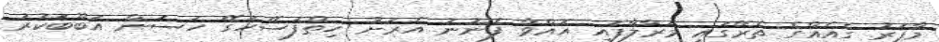
މާފަރު ގެއެއްގެ ތެރޭގައި މަރާލާފައި އޮއްވާ ފެނުނު އެރަށު ހިތްފަސޭހަގޭ ހަސަން އަބޫބަކުރު